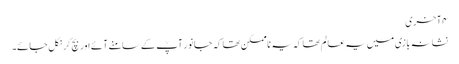
۴ آخری
نشانہ بازی میں یہ عالم تھا کہ یہ ناممکن تھا کہ جانور آپؒ کے سامنے آئے اور بچ کر نکل جائے۔